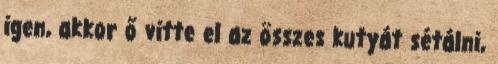
igen, akkor ő vitte el az összes kutyát sétálni,